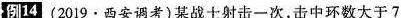
例14(2019·西安调考)某战士射击一次，击中环数大于7